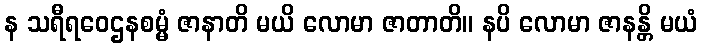
န သရီရဝေဌနစမ္မံ ဇာနာတိ မယိ လောမာ ဇာတာတိ။ နပိ လောမာ ဇာနန္တိ မယံ